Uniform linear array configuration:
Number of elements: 48
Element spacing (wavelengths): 0.5
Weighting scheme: blackman
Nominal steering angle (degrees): -15
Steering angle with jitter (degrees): -15.33
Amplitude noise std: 0.05
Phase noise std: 0.05

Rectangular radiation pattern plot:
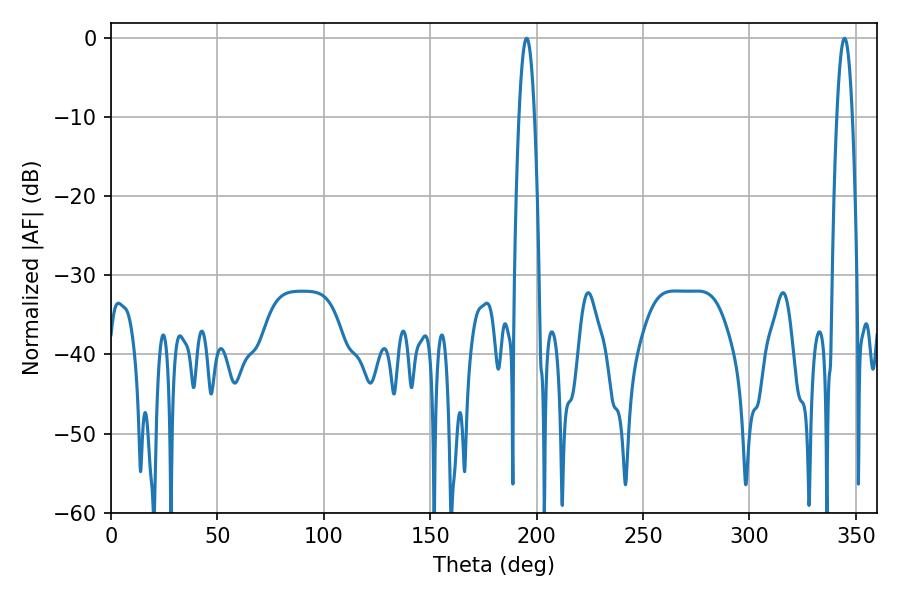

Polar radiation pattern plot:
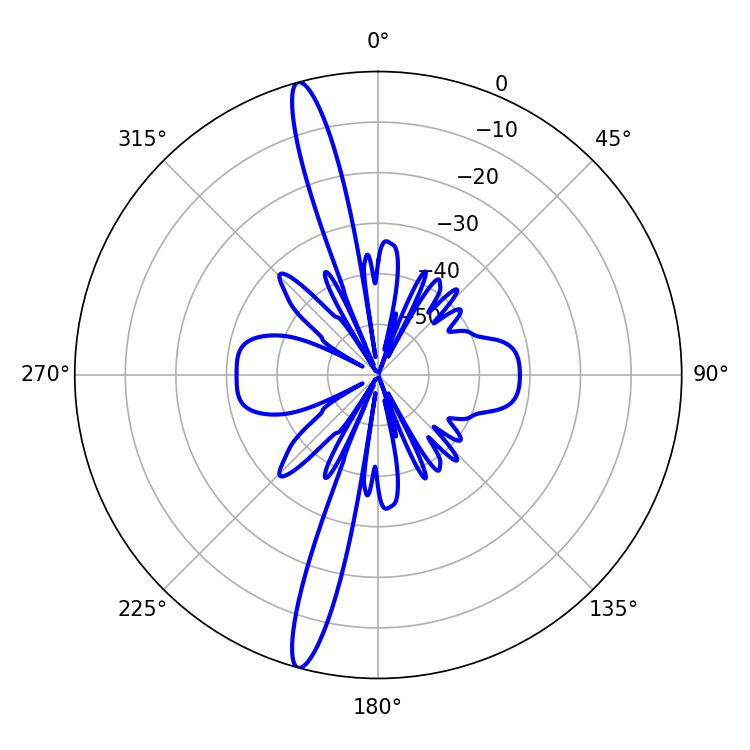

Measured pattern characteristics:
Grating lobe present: FALSE
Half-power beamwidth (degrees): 3.96
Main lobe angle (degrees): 195.3